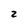
Character: z